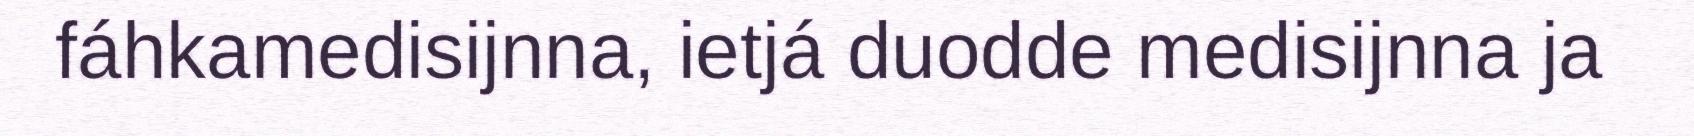
fáhkamedisijnna, ietjá duodde medisijnna ja